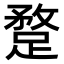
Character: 𨂣